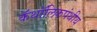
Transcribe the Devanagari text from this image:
कॅथॉलिकपंथीय